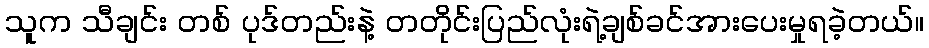
သူက သီချင်း တစ် ပုဒ်တည်းနဲ့ တတိုင်းပြည်လုံးရဲ့ချစ်ခင်အားပေးမှုရခဲ့တယ်။